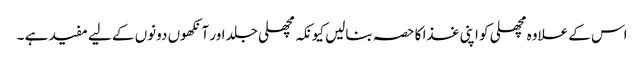
اس کے علاوہ مچھلی کو اپنی غذا کا حصہ بنالیں کیونکہ مچھلی جلد اور آنکھوں دونوں کے لیے مفید ہے ۔